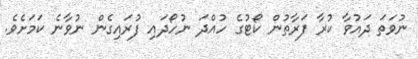
ނުވަތަ ދައުވާ ކުރާ ފަރާތުން ކޯޓުގެ ހުއްދަ ނުހޯދައި ފުރައިގެން ނުވާނެ ކަމަށެވެ.